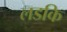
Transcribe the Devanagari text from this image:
लडकि